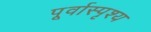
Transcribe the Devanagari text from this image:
पूर्वास्पृश्य